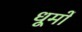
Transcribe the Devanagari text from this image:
धूमों